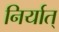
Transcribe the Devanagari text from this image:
निर्यात्‌